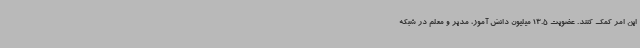
این امر کمک کنند. عضویت 13.5 میلیون دانش آموز، مدیر و معلم در شبکه